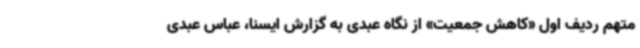
متهم ردیف اول «کاهش جمعیت» از نگاه عبدی به گزارش ایسنا، عباس عبدی